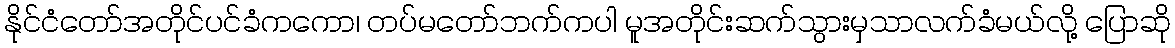
နိုင်ငံတော်အတိုင်ပင်ခံကကော၊ တပ်မတော်ဘက်ကပါ မူအတိုင်းဆက်သွားမှသာလက်ခံမယ်လို့ ပြောဆို